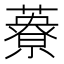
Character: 𦿴